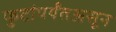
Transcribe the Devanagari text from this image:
फुटांपर्यंतअसून